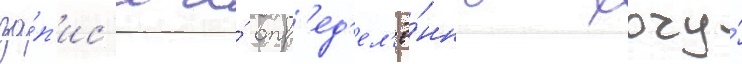
за́п'ис'и я́ опр'ед'ел'ё́нно хочу́